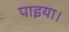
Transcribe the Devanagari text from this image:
पाइया।